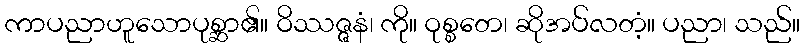
ကာပညာဟူသောပုစ္ဆာ၏။ ဝိဿဇ္ဇနံ၊ ကို။ ဝုစ္စတေ၊ ဆိုအပ်လတံ့။ ပညာ၊ သည်။